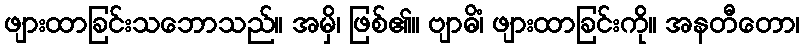
ဖျားထာခြင်းသဘောသည်။ အမှိ၊ ဖြစ်၏။ ဗျာဓိံ၊ ဖျားထာခြင်းကို။ အနတီတော၊